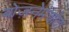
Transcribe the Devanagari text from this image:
बोज़नेमचोवा